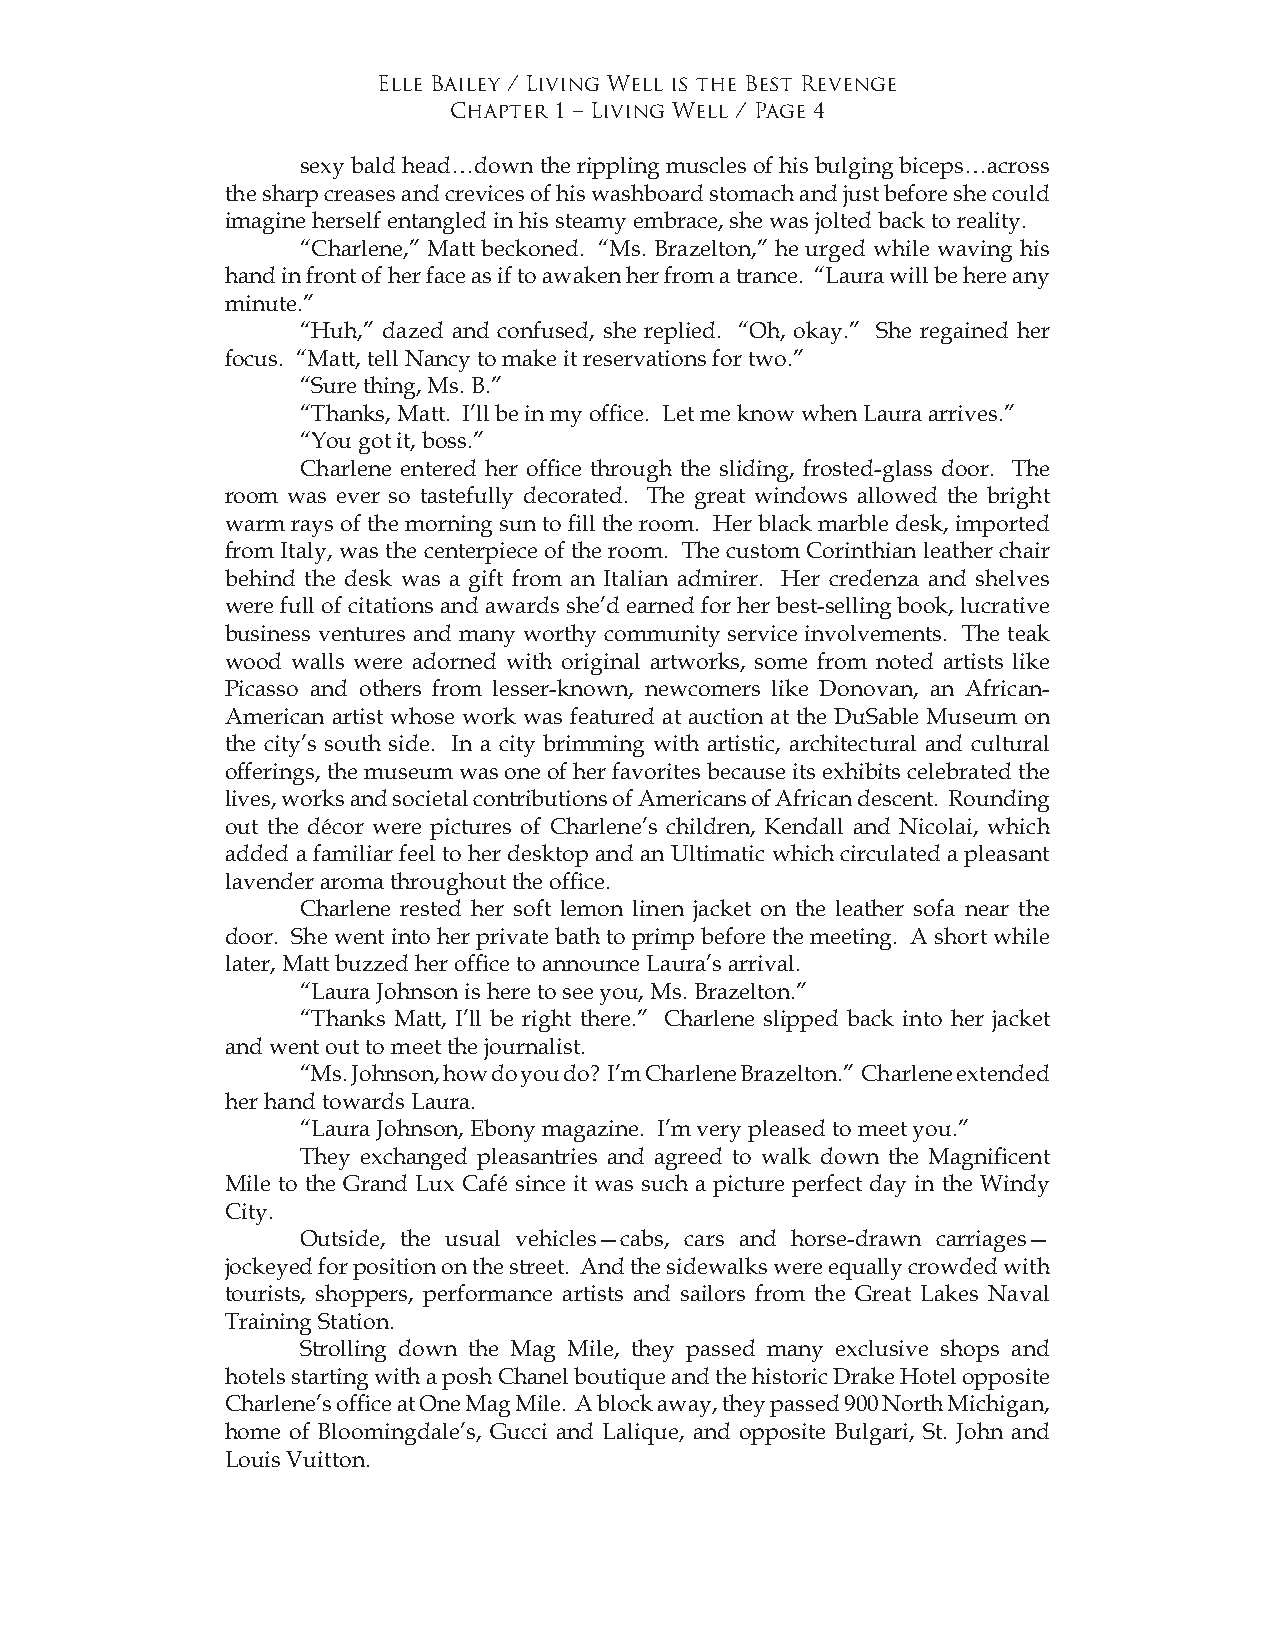
Elle Bailey / Living Well is the Best Revenge
 Chapter 1 – Living Well / Page 4
 sexy bald head…down the rippling muscles of his bulging biceps…across
 the sharp creases and crevices of his washboard stomach and just before she could
 imagine herself entangled in his steamy embrace, she was jolted back to reality.
 “Charlene,” Matt beckoned. “Ms. Brazelton,” he urged while waving his
 hand in front of her face as if to awaken her from a trance. “Laura will be here any
 minute.”
 “Huh,” dazed and confused, she replied. “Oh, okay.” She regained her
 focus. “Matt, tell Nancy to make it reservations for two.”
 “Sure thing, Ms. B.”
 “Thanks, Matt. I’ll be in my office. Let me know when Laura arrives.”
 “You got it, boss.”
 Charlene entered her office through the sliding, frosted-glass door. The
 room was ever so tastefully decorated. The great windows allowed the bright
 warm rays of the morning sun to fill the room. Her black marble desk, imported
 from Italy, was the centerpiece of the room. The custom Corinthian leather chair
 behind the desk was a gift from an Italian admirer. Her credenza and shelves
 were full of citations and awards she’d earned for her best-selling book, lucrative
 business ventures and many worthy community service involvements. The teak
 wood walls were adorned with original artworks, some from noted artists like
 Picasso and others from lesser-known, newcomers like Donovan, an African-
 American artist whose work was featured at auction at the DuSable Museum on
 the city’s south side. In a city brimming with artistic, architectural and cultural
 offerings, the museum was one of her favorites because its exhibits celebrated the
 lives, works and societal contributions of Americans of African descent. Rounding
 out the décor were pictures of Charlene’s children, Kendall and Nicolai, which
 added a familiar feel to her desktop and an Ultimatic which circulated a pleasant
 lavender aroma throughout the office.
 Charlene rested her soft lemon linen jacket on the leather sofa near the
 door. She went into her private bath to primp before the meeting. A short while
 later, Matt buzzed her office to announce Laura’s arrival.
 “Laura Johnson is here to see you, Ms. Brazelton.”
 “Thanks Matt, I’ll be right there.” Charlene slipped back into her jacket
 and went out to meet the journalist.
 “Ms. Johnson, how do you do? I’m Charlene Brazelton.” Charlene extended
 her hand towards Laura.
 “Laura Johnson, Ebony magazine. I’m very pleased to meet you.”
 They exchanged pleasantries and agreed to walk down the Magnificent
 Mile to the Grand Lux Café since it was such a picture perfect day in the Windy
 City.
 Outside, the usual vehicles—cabs, cars and horse-drawn carriages—
 jockeyed for position on the street. And the sidewalks were equally crowded with
 tourists, shoppers, performance artists and sailors from the Great Lakes Naval
 Training Station.
 Strolling down the Mag Mile, they passed many exclusive shops and
 hotels starting with a posh Chanel boutique and the historic Drake Hotel opposite
 Charlene’s office at One Mag Mile. A block away, they passed 900 North Michigan,
 home of Bloomingdale’s, Gucci and Lalique, and opposite Bulgari, St. John and
 Louis Vuitton.